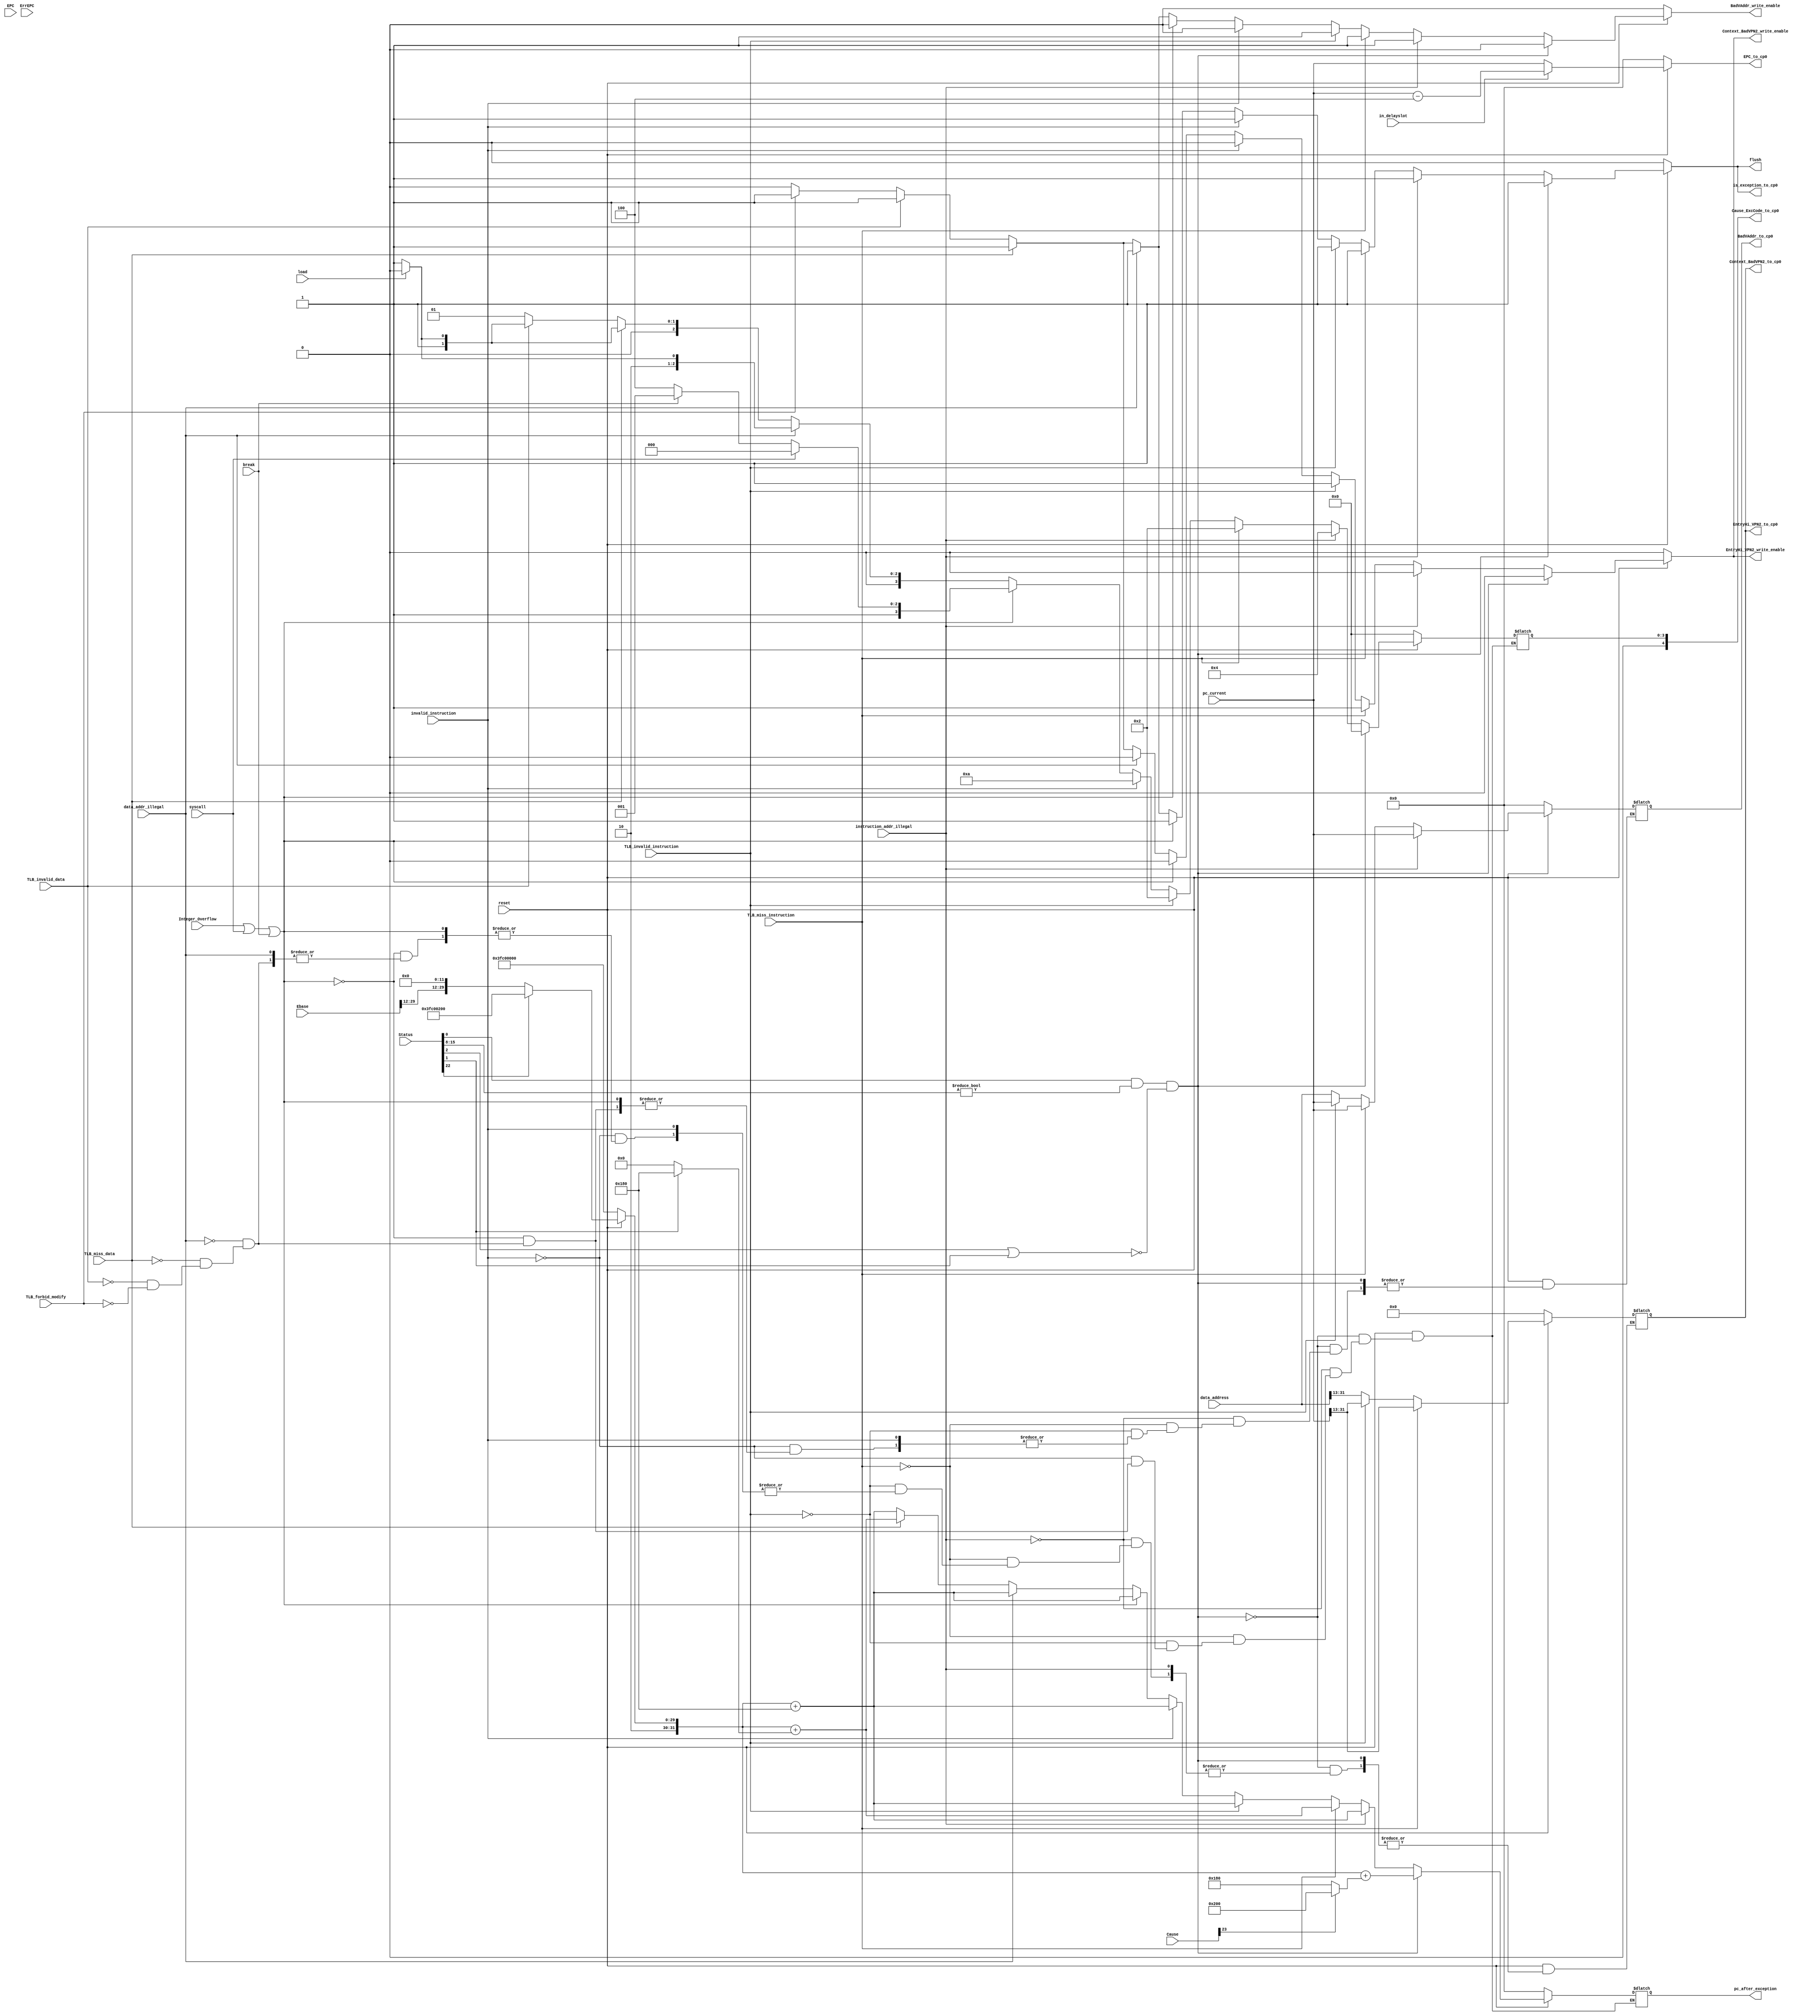
module exception(
    input           reset,
    input   [31:0]  Status,
    input           instruction_addr_illegal,
    input           TLB_miss_instruction,
    input           TLB_invalid_instruction,
    input           invalid_instruction,
    input           Integer_Overflow,
    input           syscall,
    input           break,
    input           data_addr_illegal,
    input           TLB_miss_data,
    input           TLB_invalid_data,
    input           TLB_forbid_modify,
    input   [31:0]  Ebase,
    input           in_delayslot,
    input   [31:0]  pc_current,
    input   [31:0]  data_address,
    input           load,
    input   [31:0]  Cause,
    input   [31:0]  ErrEPC,
    input   [31:0]  EPC,

    output  reg         is_exception_to_cp0,
    output  reg         flush,
    output  reg [31:0]  pc_after_exception,
    output  reg         BadVAddr_write_enable,
    output  reg         Context_BadVPN2_write_enable,
    output  reg         EntryHi_VPN2_write_enable,
    output  reg [31:0]  EPC_to_cp0,
    output  reg [4:0]   Cause_ExcCode_to_cp0,
    output  reg [31:0]  BadVAddr_to_cp0,
    output  reg [18:0]  Context_BadVPN2_to_cp0,
    output  reg [18:0]  EntryHi_VPN2_to_cp0
);

    initial begin
        is_exception_to_cp0 <= 1'b0;
        flush <= 1'b0;
        pc_after_exception <= 32'b0;
        BadVAddr_write_enable <= 1'b0;
        Context_BadVPN2_write_enable <= 1'b0;
        EntryHi_VPN2_write_enable <= 1'b0;
        EPC_to_cp0 <= 32'b0;
        Cause_ExcCode_to_cp0 <= 5'b0;
        BadVAddr_to_cp0 <= 32'b0;
        Context_BadVPN2_to_cp0 <= 19'b0;
        EntryHi_VPN2_to_cp0 <= 19'b0;
    end

    wire            Status_IE;
    assign  Status_IE = Status[0];
    wire    [7:0]   interrupt_signal;
    assign  interrupt_signal = Status[15:8];
    wire            Status_EXL;
    assign  Status_EXL = Status[1];
    wire            Status_ERL;
    assign  Status_ERL = Status[2];
    wire            Status_BEV;
    assign  Status_BEV = Status[22];
    wire            Cause_IV;
    assign  Cause_IV = Cause[23];

    //Priority of Exception
    wire    Reset;                          //The Cold Reset signal was asserted to the processor
    wire    Soft_Reset;                     //The Reset signal was asserted to the processor 
    wire    Debug_Single_Step;
    wire    Debug_Interrupt;
    wire    Imprecise_Debug_Data_Break;
    wire    Nonmaskable_Interrupt;          //NMI,The NMI signal was asserted to the processor
    wire    Machine_Check;
    wire    Interrupt;                      //An enabled interrupt occurred. 
    wire    Deferred_Watch;
    wire    Debug_Instruction_Break;
    wire    Watch_Instruction_fetch;
    wire    Address_Error_Instruction_fetch;//A non-word-aligned address was loaded into PC. 
    wire    TLB_Refill_Instruction_fetch;   //A TLB miss occurred on an instruction fetch.
    wire    TLB_Invalid_Instruction_fetch;  // The valid bit was zero in the TLB entry mapping the address referenced by an instruction fetch. 
    wire    TLB_Execute_Inhibit;
    wire    Cache_Error_Instruction_fetch;  //A cache error occurred on an instruction fetch. 
    wire    Bus_Error_Instruction_fetch;    //A bus error occurred on an instruction fetch. 
    wire    SDBBP;
    wire    Instruction_Validity_Exceptions;// Coprocessor Unusable(priority higher) or Reserved Instruction
    wire    Execution_Exception;            //An instruction-based exception occurred: Integer overflow, trap, system call, breakpoint, floating point, coprocessor 2 exception. 
    wire    Precise_Debug_Data_Break;
    wire    Watch_Data_access;
    wire    Address_Error_Data_access;      //An unaligned address, or an address that was inaccessible in the current processor mode was referenced, by a load or store instruction 
    wire    TLB_Refill_Data_access;         //A TLB miss occurred on a data access 
    wire    TLB_Invalid_Data_access;        //The valid bit was zero in the TLB entry mapping the address referenced by a load or store instruction 
    wire    TLB_Read_Inhibit;
    wire    TLB_Modified_Data_access;       //The dirty bit was zero in the TLB entry mapping the address referenced by a store instruction 
    wire    Cache_Error_Data_access;        //A cache error occurred on a load or store data reference
    wire    Bus_Error_Data_access;          //A bus error occurred on a load or store data reference


    assign    Reset                             =   ~reset;                          
    assign    Soft_Reset                        =   1'b0;              
    //assign    Debug_Single_Step                 =   ;
    //assign    Debug_Interrupt                   =   ;
    //assign    Imprecise_Debug_Data_Break        =   ;
    assign    Nonmaskable_Interrupt             =   1'b0;          
    //assign    Machine_Check                     =   ;
    assign    Interrupt                         =   Status_IE && (interrupt_signal != 8'h0) && ~(Status_ERL | Status_EXL);                      
    //assign    Deferred_Watch                    =   ;
    //assign    Debug_Instruction_Break           =   ;
    //assign    Watch_Instruction_fetch           =   ;
    assign    Address_Error_Instruction_fetch   =   instruction_addr_illegal;
    assign    TLB_Refill_Instruction_fetch      =   TLB_miss_instruction;   
    assign    TLB_Invalid_Instruction_fetch     =   TLB_invalid_instruction;  
    //assign    TLB_Execute_Inhibit               =   ;
    //assign    Cache_Error_Instruction_fetch     =   ;  
    //assign    Bus_Error_Instruction_fetch       =   ;    
    //assign    SDBBP                             =   ;
    assign    Instruction_Validity_Exceptions   =   invalid_instruction;
    assign    Execution_Exception               =   Integer_Overflow | syscall | break;            
    //assign    Precise_Debug_Data_Break          =   ;
    //assign    Watch_Data_access                 =   ;
    assign    Address_Error_Data_access         =   data_addr_illegal;      
    assign    TLB_Refill_Data_access            =   TLB_miss_data;         
    assign    TLB_Invalid_Data_access           =   TLB_invalid_data;        
    //assign    TLB_Read_Inhibit                  =   ;
    assign    TLB_Modified_Data_access          =   TLB_forbid_modify;       
    //assign    Cache_Error_Data_access           =   ;        
    //assign    Bus_Error_Data_access             =   ;          

    wire [31:0] exception_vector_base;
    assign exception_vector_base = (Reset | Soft_Reset | Nonmaskable_Interrupt) ? 32'hbfc00000 :
                                Status_BEV ? 32'hBFC00200 : 
                                //Cache_Error ? {3'b101, Ebase[28:12], 12'b0} :
                                {2'b10, Ebase[29:12], 12'b0};
    
    always @(*) begin
        is_exception_to_cp0 <= 1'b1;    //report to cp0 to update the EXL bit of Status Register of CP0
        flush <= 1'b1;
        BadVAddr_write_enable <= 1'b0;
        Context_BadVPN2_write_enable <= 1'b0;
        EntryHi_VPN2_write_enable <= 1'b0;
        EPC_to_cp0 <= in_delayslot ? (pc_current-32'd4) : pc_current;

        if(Reset) begin 
            pc_after_exception <= 32'hbfc00000;
            is_exception_to_cp0 <= 1'b0;
            flush <= 1'b0;
            pc_after_exception <= 32'b0;
            BadVAddr_write_enable <= 1'b0;
            Context_BadVPN2_write_enable <= 1'b0;
            EntryHi_VPN2_write_enable <= 1'b0;
            EPC_to_cp0 <= 32'b0;
            Cause_ExcCode_to_cp0 <= 5'd0;
            BadVAddr_to_cp0 <= 32'b0;
            Context_BadVPN2_to_cp0 <= 19'b0;
            EntryHi_VPN2_to_cp0 <= 19'b0;
            end
        //else if(Soft_Reset) begin end
        //else if(Debug_Single_Step) begin end
        //else if(Debug_Interrupt) begin end
        //else if(Imprecise_Debug_Data_Break) begin end
        /*esle if(Nonmaskable_Interrupt) begin
            NMI_to_cp0  <= 1'b1;
            pc_after_exception <= 32'hbfc00000; 
            end*/
        //else if(Machine_Check) begin end
        else if(Interrupt) begin        //more operation?
            Cause_ExcCode_to_cp0 <= 5'd0;
            pc_after_exception <= exception_vector_base + (Cause_IV ? 32'h200 : 32'h180);  
            end
        //else if(Deferred_Watch) begin end
        //else if(Debug_Instruction_Break) begin end
        //else if(Watch_Instruction_fetch) begin end
        else if(Address_Error_Instruction_fetch) begin
            Cause_ExcCode_to_cp0 <= 5'd4;
            pc_after_exception <= exception_vector_base + 32'h180;     //General exception vector 
            BadVAddr_to_cp0 <= pc_current;
            BadVAddr_write_enable <= 1'b1;  
            end
        else if(TLB_Refill_Instruction_fetch) begin
            //if(Config3_CTXTC) xxxxx
            Cause_ExcCode_to_cp0 <= 5'd2;
            BadVAddr_to_cp0 <= pc_current;
            BadVAddr_write_enable <= 1'b1; 
            Context_BadVPN2_to_cp0 <= pc_current[31:13];
            Context_BadVPN2_write_enable <= 1'b1;
            EntryHi_VPN2_to_cp0 <= pc_current[31:13];
            EntryHi_VPN2_write_enable <= 1'b1;
            pc_after_exception <= exception_vector_base + (Status_EXL ? 32'h180 : 32'h0);  
            end
        else if(TLB_Invalid_Instruction_fetch) begin 
            Cause_ExcCode_to_cp0 <= 5'd2;
            pc_after_exception <= exception_vector_base + 32'h180;     //General exception vector 
            BadVAddr_to_cp0 <= pc_current;
            BadVAddr_write_enable <= 1'b1; 
            Context_BadVPN2_to_cp0 <= pc_current[31:13];
            Context_BadVPN2_write_enable <= 1'b1;
            EntryHi_VPN2_to_cp0 <= pc_current[31:13];
            EntryHi_VPN2_write_enable <= 1'b1;
            end
        //else if(TLB_Execute_Inhibit) begin end
        //else if(Cache_Error_Instruction_fetch) begin end
        //else if(Bus_Error_Instruction_fetch) begin end
        //else if(SDBBP) begin end
        else if(Instruction_Validity_Exceptions) begin 
            Cause_ExcCode_to_cp0 <= 5'd10;
            pc_after_exception <= exception_vector_base + 32'h180;     //General exception vector 
            //if(Coprocessor_Unusable) begin end
            //else if(Reserved_Instruction) begin end
            end
        else if(Execution_Exception) begin
            Cause_ExcCode_to_cp0 <= syscall ? 5'd8 :
                                    break ? 5'd9 : 5'd12;
            pc_after_exception <= exception_vector_base + 32'h180;     //General exception vector 
            //else if(Integer_Overflow) begin end
            //else if(Trap) begin end
            //else if(syscall) begin end
            //else if(break) begin end
            //else if(Floating_Point) begin end
            //else if(Coprocessor_2) begin end
            end
        //else if(Precise_Debug_Data_Break) begin end
        //else if(Watch_Data_access) begin end
        else if(Address_Error_Data_access) begin
            Cause_ExcCode_to_cp0 <= load ? 5'd4 : 5'd5;
            pc_after_exception <= exception_vector_base + 32'h180;     //General exception vector 
            BadVAddr_to_cp0 <= data_address;
            BadVAddr_write_enable <= 1'b1;  
            end
        else if(TLB_Refill_Data_access) begin 
            Cause_ExcCode_to_cp0 <= load ? 5'd2 : 5'd3;
            BadVAddr_to_cp0 <= data_address;
            BadVAddr_write_enable <= 1'b1; 
            Context_BadVPN2_to_cp0 <= data_address[31:13];
            Context_BadVPN2_write_enable <= 1'b1;
            EntryHi_VPN2_to_cp0 <= data_address[31:13];
            EntryHi_VPN2_write_enable <= 1'b1;
            pc_after_exception <= exception_vector_base + (Status_EXL ? 32'h180 : 32'h0);  
            end
        else if(TLB_Invalid_Data_access) begin
            Cause_ExcCode_to_cp0 <= load ? 5'd2 : 5'd3;
            pc_after_exception <= exception_vector_base + 32'h180;     //General exception vector 
            BadVAddr_to_cp0 <= data_address;
            BadVAddr_write_enable <= 1'b1; 
            Context_BadVPN2_to_cp0 <= data_address[31:13];
            Context_BadVPN2_write_enable <= 1'b1;
            EntryHi_VPN2_to_cp0 <= data_address[31:13];
            EntryHi_VPN2_write_enable <= 1'b1;
            end
        //else if(TLB_Read_Inhibit) begin end
        else if(TLB_Modified_Data_access) begin 
            Cause_ExcCode_to_cp0 <= 5'd1;
            pc_after_exception <= exception_vector_base + 32'h180;     //General exception vector 
            BadVAddr_to_cp0 <= data_address;
            BadVAddr_write_enable <= 1'b1; 
            Context_BadVPN2_to_cp0 <= data_address[31:13];
            Context_BadVPN2_write_enable <= 1'b1;
            EntryHi_VPN2_to_cp0 <= data_address[31:13];
            EntryHi_VPN2_write_enable <= 1'b1;
            end
        //else if(Cache_Error_Data_access) begin end
        //else if(Bus_Error_Data_access) begin end
        else begin      //Unrecognized exception
            is_exception_to_cp0 <= 1'b0;
            flush <= 1'b0;
            end
        end
endmodule